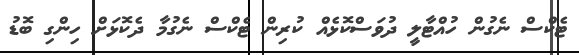
ޓެކްސް ނެގުން ހުއްޓާލީ ދުވަސްކޮޅެއް ކުރިން ޓެކްސް ނެގުމާ ދެކޮޅަށް ހިންގި ބޮޑު